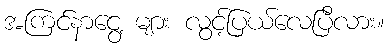
အကြင်နာငွေ့ များ လွင့်ပြယ်လေပြီလား။